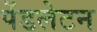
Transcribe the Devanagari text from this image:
पेंडलेटन